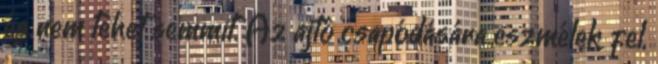
és nem tehet semmit. Az ajtó csapódására eszmélek fel,